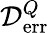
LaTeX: {\cal D}_{\mathrm{err}}^{Q}